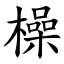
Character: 橾